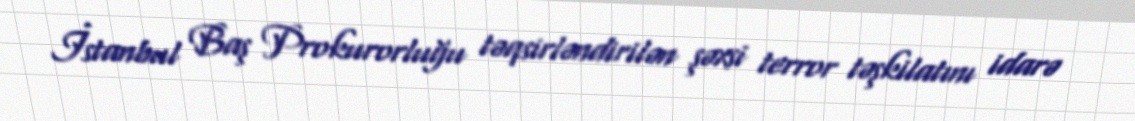
İstanbul Baş Prokurorluğu təqsirləndirilən şəxsi terror təşkilatını idarə